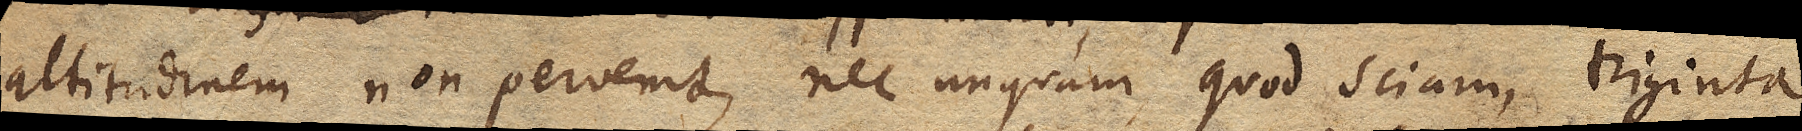
altitudinem non pervenit, nec unquam, quod sciam, triginta